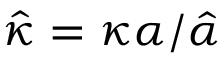
\hat { \kappa } = \kappa \alpha / \hat { \alpha }